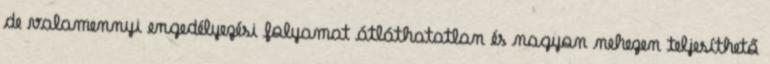
de valamennyi engedélyezési folyamat átláthatatlan és nagyon nehezen teljesíthető